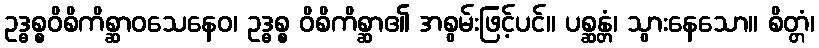
ဥဒ္ဓစ္စဝိစိကိစ္ဆာဝသေနေဝ၊ ဥဒ္ဓစ္စ ဝိစိကိစ္ဆာ၏ အစွမ်းဖြင့်ပင်။ ပစ္ဆန္တံ၊ သွားနေသော။ စိတ္တံ၊